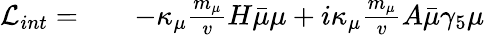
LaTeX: \begin{array}{rlr}{\mathcal{L}_{int}=}&{{}}&{-\kappa_{\mu}\frac{m_{\mu}}{v}H\bar{\mu}\mu+i\kappa_{\mu}\frac{m_{\mu}}{v}A\bar{\mu}\gamma_{5}\mu}\end{array}